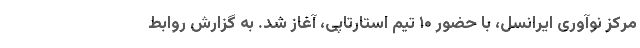
مرکز نوآوری ایرانسل، با حضور ۱۰ تیم استارتاپی، آغاز شد. به گزارش روابط